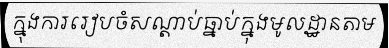
ក្នុងការរៀបចំសណ្តាប់ធ្នាប់ក្នុងមូលដ្ឋានតាម